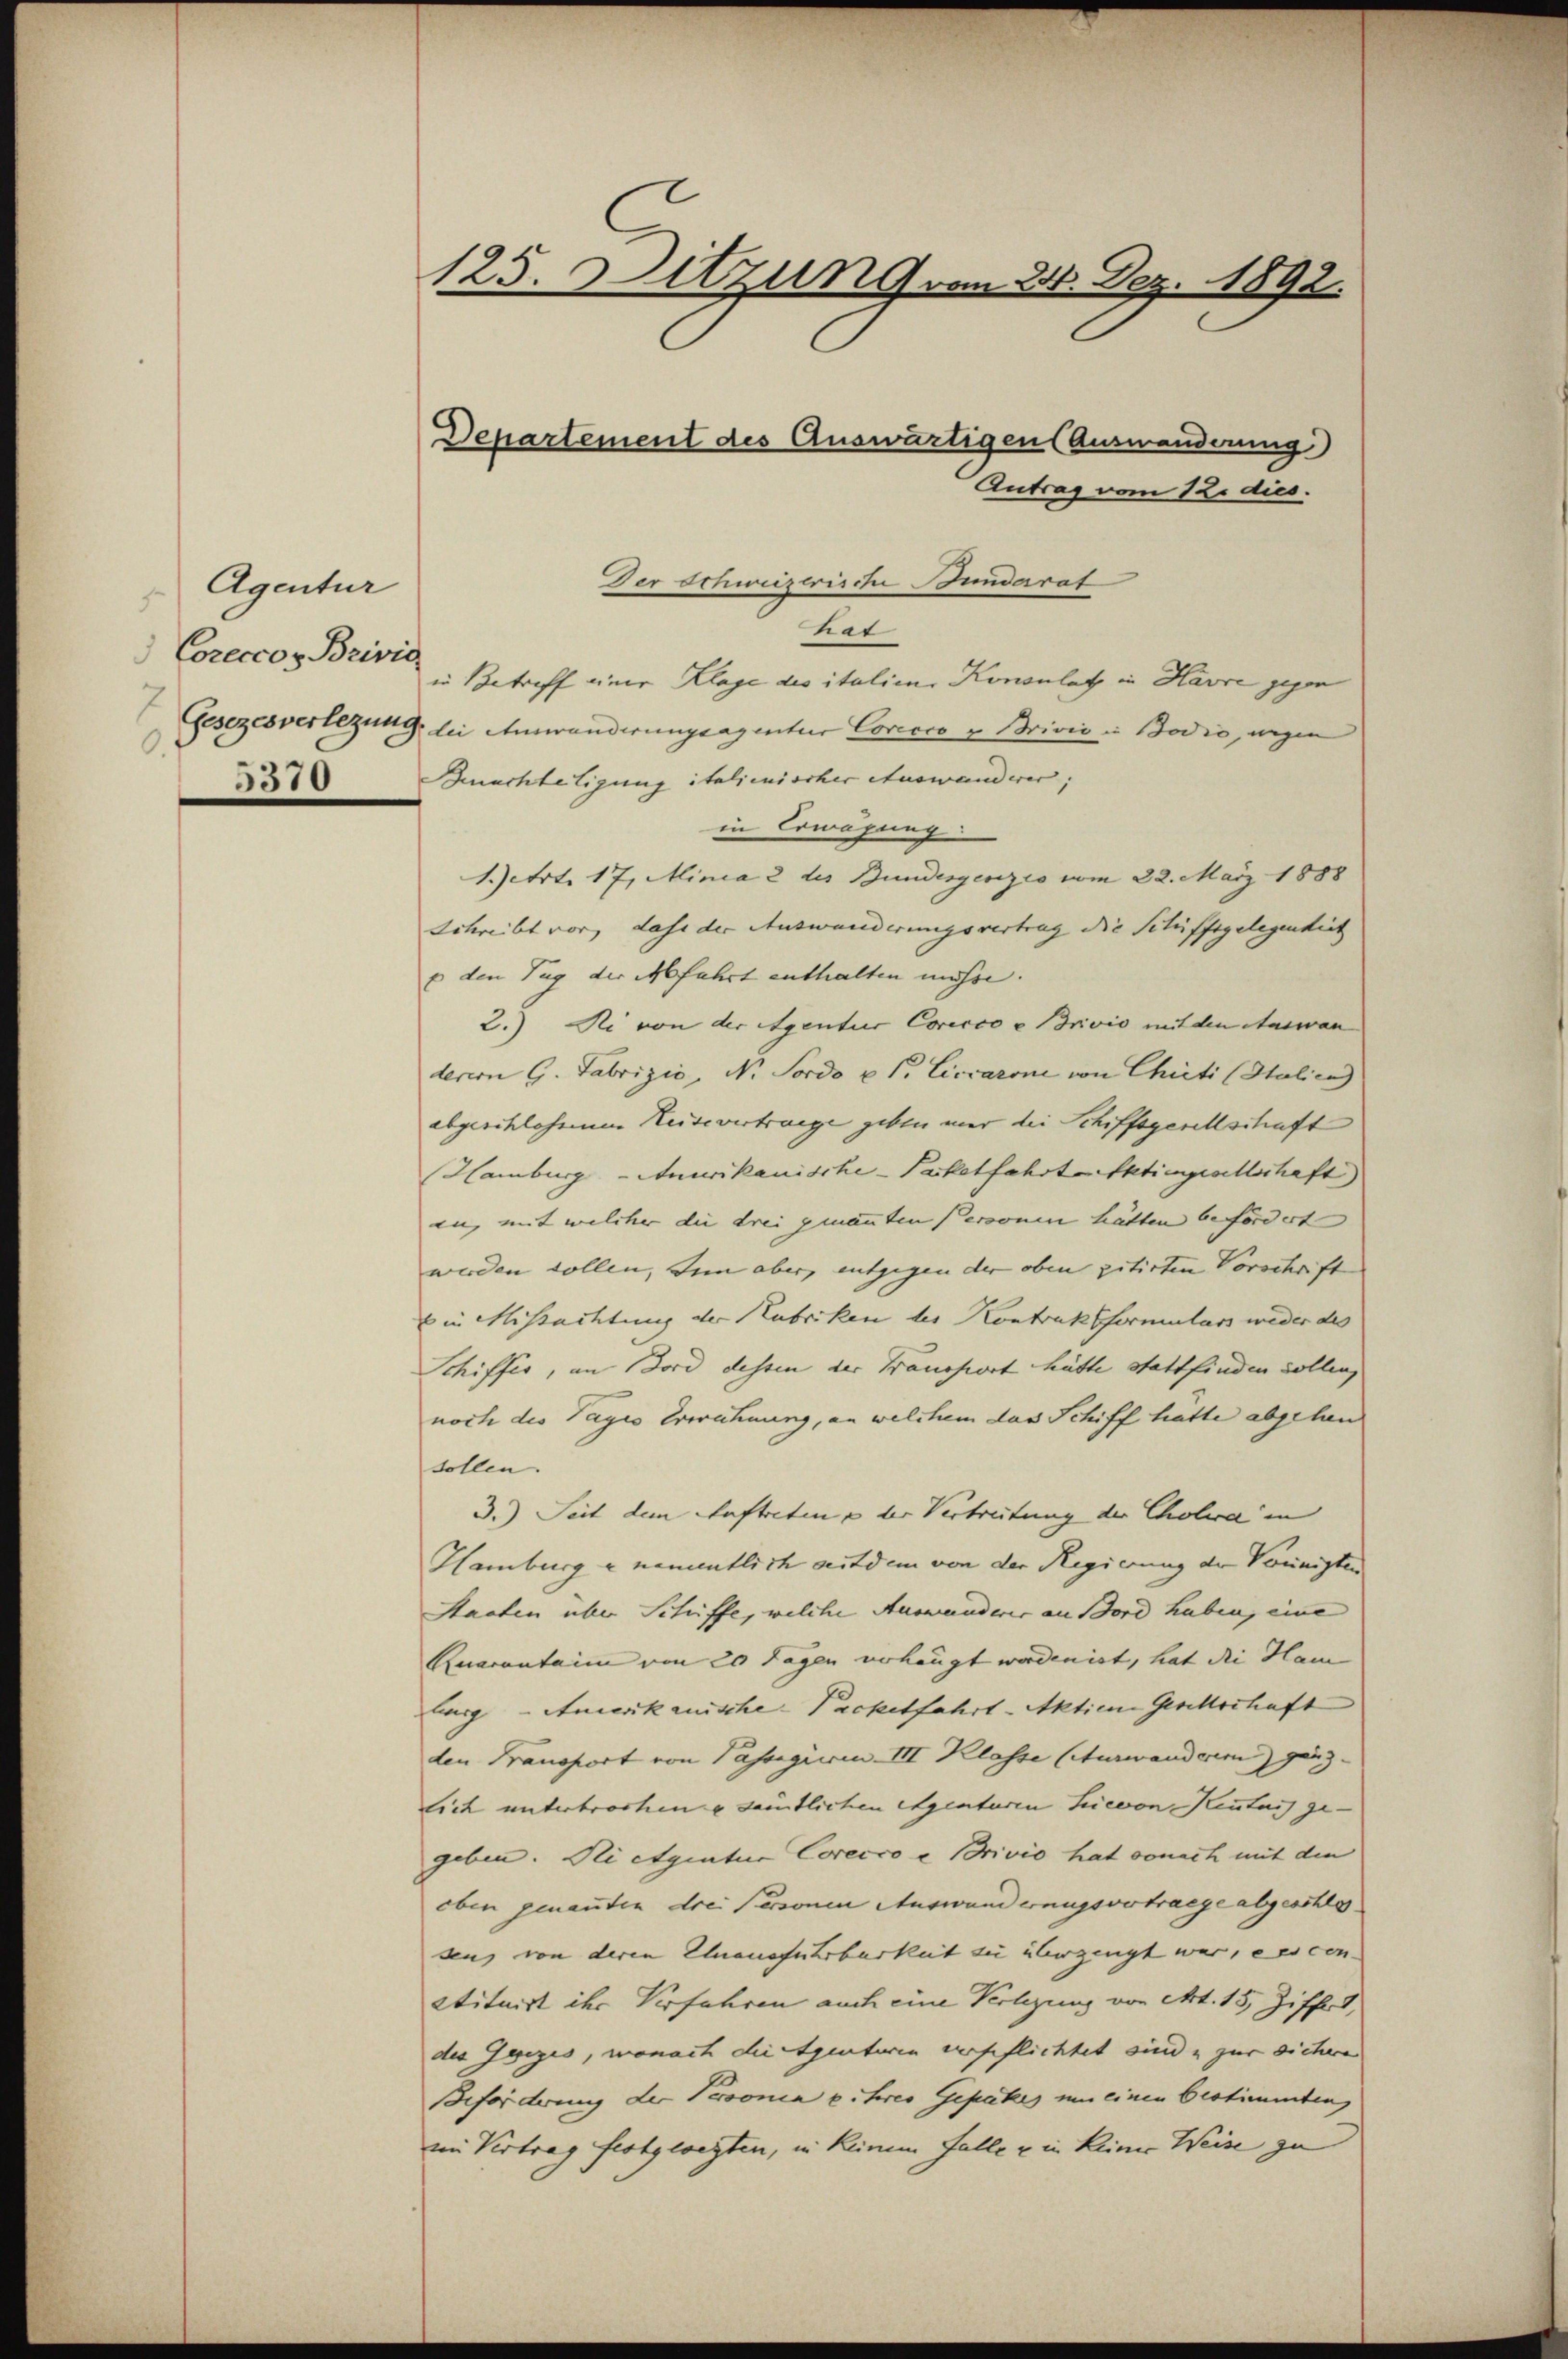
Agentur
Corector Brivia
.
5370

125. Sitzung vom 21. Dez. 1892.
Departement des Auswärtigen (Auswanderung)
Antrag vom 12. dies

Der Schweizerische Bunderat
tat
Betreff einer Klage des italien, Konsulatz in Havre gegen
Gesezesverlegung, bei Auswanderungsagentur Corccco v. Brivić in Bodio, wegen
Beachtetigung italienischer Auswanderen;
in Erwägung
1.etrt. 17. Minia 2 des Bundergenzio vom 22. März 1888
Schreibt vor, dass der Auswanderungsvertrag die Schiffsgelegenheit
E den Tag der Abfahrt enthalten müsse.
2.) Sei von der Agentur Corecco u Brivio mit den Auswan
deren G. Fabrizio, Nr. Sordo u. s. Liccarone von Chicti (Stalien
abgeschlossem Keisevertrage geben mir die Schiffsgesellschaft
Hamburg - Anurikanische-Packetfahrt Aktiengesellschaft,
au, mit welcher die drei genannten Personen hätten befördert
werden sollen, zum aber, entgegen der oben zitirten Vorschaft
in Missachtung der Labriken des Kontraktformulars weder des
Schiffes, an Bord dessen der Transport hätte stattfinden sollen,
noch des Tages Erwähnung, an welchem das Schiff hätte abgehen
sollen.
3.) Seit dem Auftreten u der Vertreitung der Cholera in
Hamburg u namentlich seitdem von der Regierung der Voreinigten
Staaten über Schiffe, welche Auswanderes an Bord haben, eine
Ruarantaim von 20 Tagen verhängt worden ist, hat die Ham
burg - Amerikanische-Packetfahrt-Aktien Gesellschaft
den Fransport von Pasregieren III Klasse (Aurwanderem ganz
lich unterbrochen u samtlichen Agenturen hievon Kentnis ge
geben. Sei etgiatur Corecco e privio hat sonach mit den
eben genannten drei Personen Auswanderungsvertraege abgeschlos
sen, von deren Einausführbarkeit zu überzeugt war, ex con
etituirt ihr Verfahren auch eine Verlegung von Art. 15, Ziffert,
des Guizis, wonach dirigentiren verpflichtet sind & zur Sichere
Beforderung der Personia u. heres Gepäkes um einen bestimmten,
im Vertrag festgesezten, in keinem Falle u in keiner Weise zu